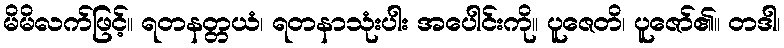
မိမိလက်ဖြင့်။ ရတနတ္တယံ၊ ရတနာသုံးပါး အပေါင်းကို။ ပူဇေတိ၊ ပူဇော်၏။ တဒါ၊